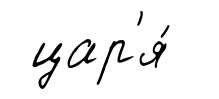
цар'я́